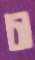
চা